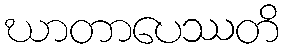
ဃာတာပေဿတိ